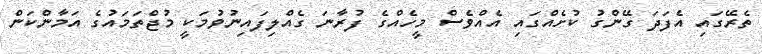
ތެރޭގައި އެފަދަ ގޭންގު ކުށެއްގައި އެއްވެސް މީހެއްގެ ފުރާނަ ގެއްލިފައިނުވުމަކީ މުޖްތަމައުގެ އަމާންކަން